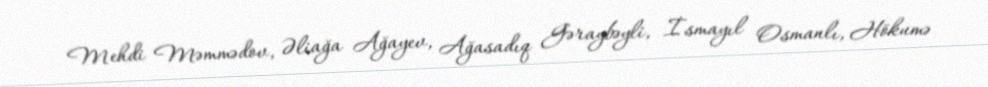
Mehdi Məmmədov, Əliağa Ağayev, Ağasadıq Gəraybəyli, İsmayıl Osmanlı, Hökumə